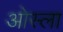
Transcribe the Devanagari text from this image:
ओस्ला